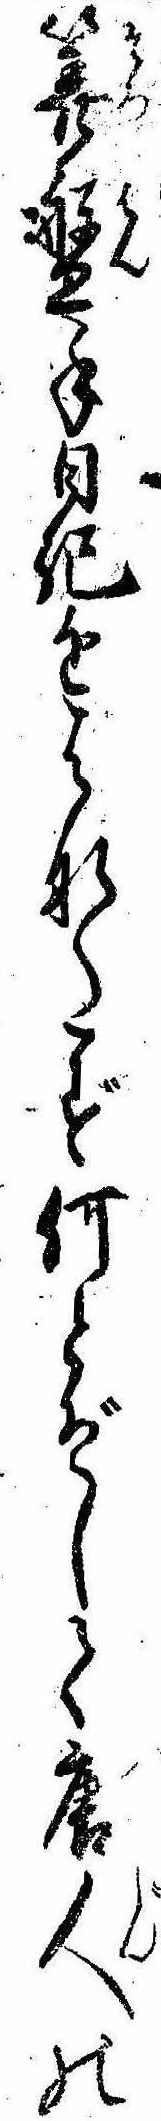
算盤手日記をはなたず何とぞして唐人の